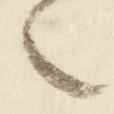
之